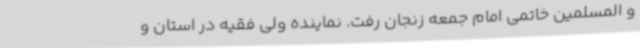
و المسلمین خاتمی امام جمعه زنجان رفت. نماینده ولی فقیه در استان و